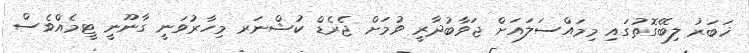
ޚަބަރު ލިބޭގޮތުގައި މިމައްސަލައަށް ޖަވާބުދާރީ ވުމަށް ޖެރެޑް ކުޝްނަރ މިހާރުވަނީ ގާނޫނީ ޓީމެއްވެސް